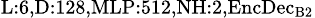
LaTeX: _{\textrm{L}:6,\textrm{D}:128,\textrm{MLP}:512,\textrm{NH}:2,\textrm{EncDec}_{\textrm{B}2}}